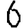
Digit: 6